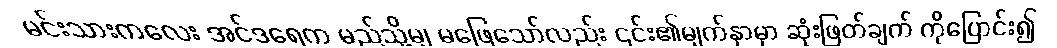
မင်းသားကလေး အင်ဒရေက မည်သို့မျှ မဖြေသော်လည်း ၎င်း၏မျက်နှာမှာ ဆုံးဖြတ်ချက် ကိုပြောင်း၍